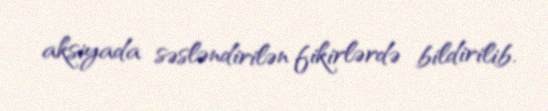
aksiyada səsləndirilən fikirlərdə bildirilib.